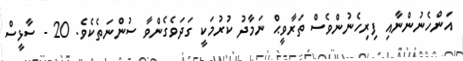
އަންހެނުންނާއި ފިރިހެނުންވެސް ތަރާވީޙް ނަމާދު ކުރުމަކީ ގަދަވެގެންވާ ސުންނަތެކެވެ. 20 - ސާޅީސް